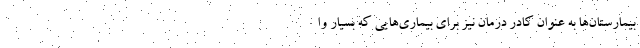
بیمارستان‌ها به عنوان کادر درمان نیز برای بیماری‌هایی که بسیار وا